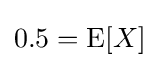
0.5=\operatorname {E} [X]